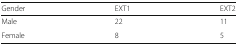
<table><thead><tr><td><b>Gender</b></td><td><b>EXT1</b></td><td><b>EXT2</b></td></tr></thead><tbody><tr><td>Male</td><td>22</td><td>11</td></tr><tr><td>Female</td><td>8</td><td>5</td></tr></tbody></table>